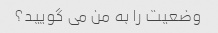
وضعیت را به من می گویید؟